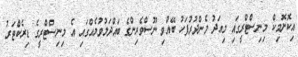
އިކޮނޮމިކް މިނިސްޓްރީގައި މިއަދު މެންދުރުފަހު ބޭއްވި ނޫސްވެރިންގެ ބައްދަލުވުމެއްގައި އެ މިނިސްޓްރީގެ ޑިރެކްޓަރު